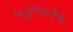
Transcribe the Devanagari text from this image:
५३९०१२